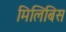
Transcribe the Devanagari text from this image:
मिलिबिस